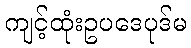
ကျင့်ထုံးဥပဒေပုဒ်မ